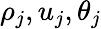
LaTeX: \rho_{j},u_{j},\theta_{j}